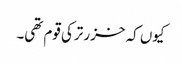
کیوں کہ خزر ترکی قوم تھی۔